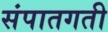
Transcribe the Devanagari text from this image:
संपातगती